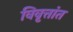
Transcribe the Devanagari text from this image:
विवृत्तांत